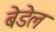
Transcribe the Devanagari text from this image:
बेडेल